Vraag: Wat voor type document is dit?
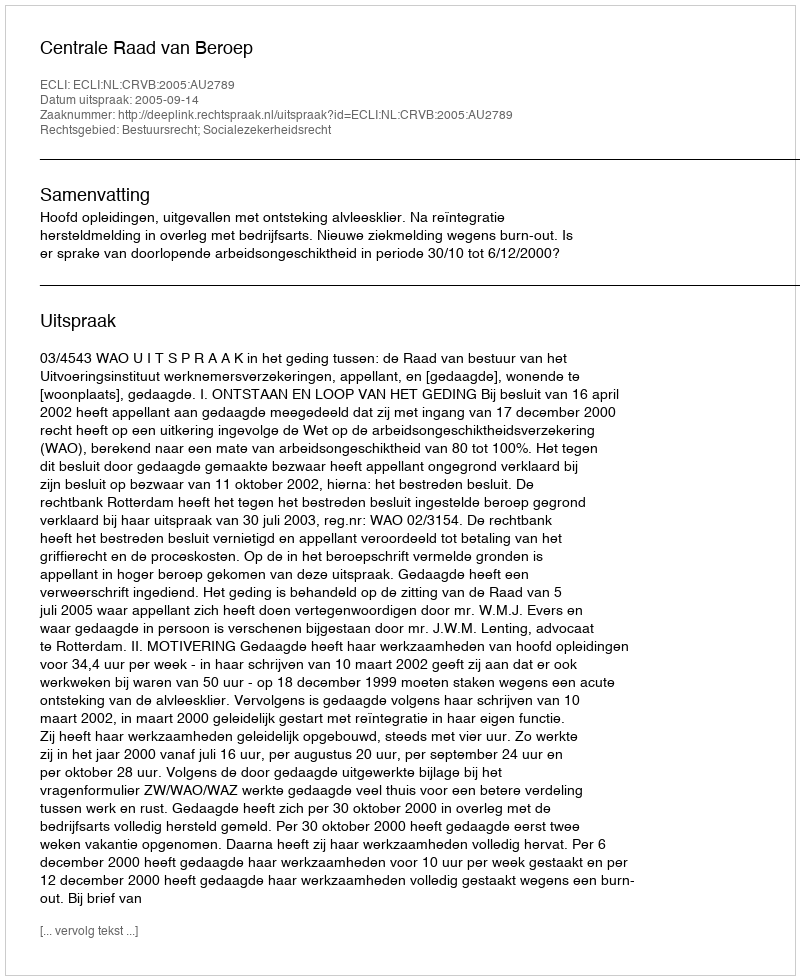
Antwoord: Uitspraak